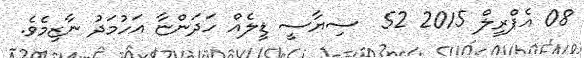
08 އެޕްރީލް 2015 52  ސިޔާސީ ޑީލެއް ހަދަންޏާ އަހުމަދު ނާޒިމެވެ.